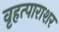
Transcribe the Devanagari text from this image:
वृहत्पाराशर